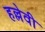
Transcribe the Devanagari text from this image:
हल्लेवी